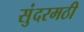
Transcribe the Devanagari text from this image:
सुंदरमठी